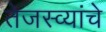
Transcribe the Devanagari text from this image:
तेजस्व्यांचे